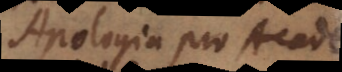
Apologia pro Academicis.